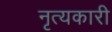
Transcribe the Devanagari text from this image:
नृत्यकारी